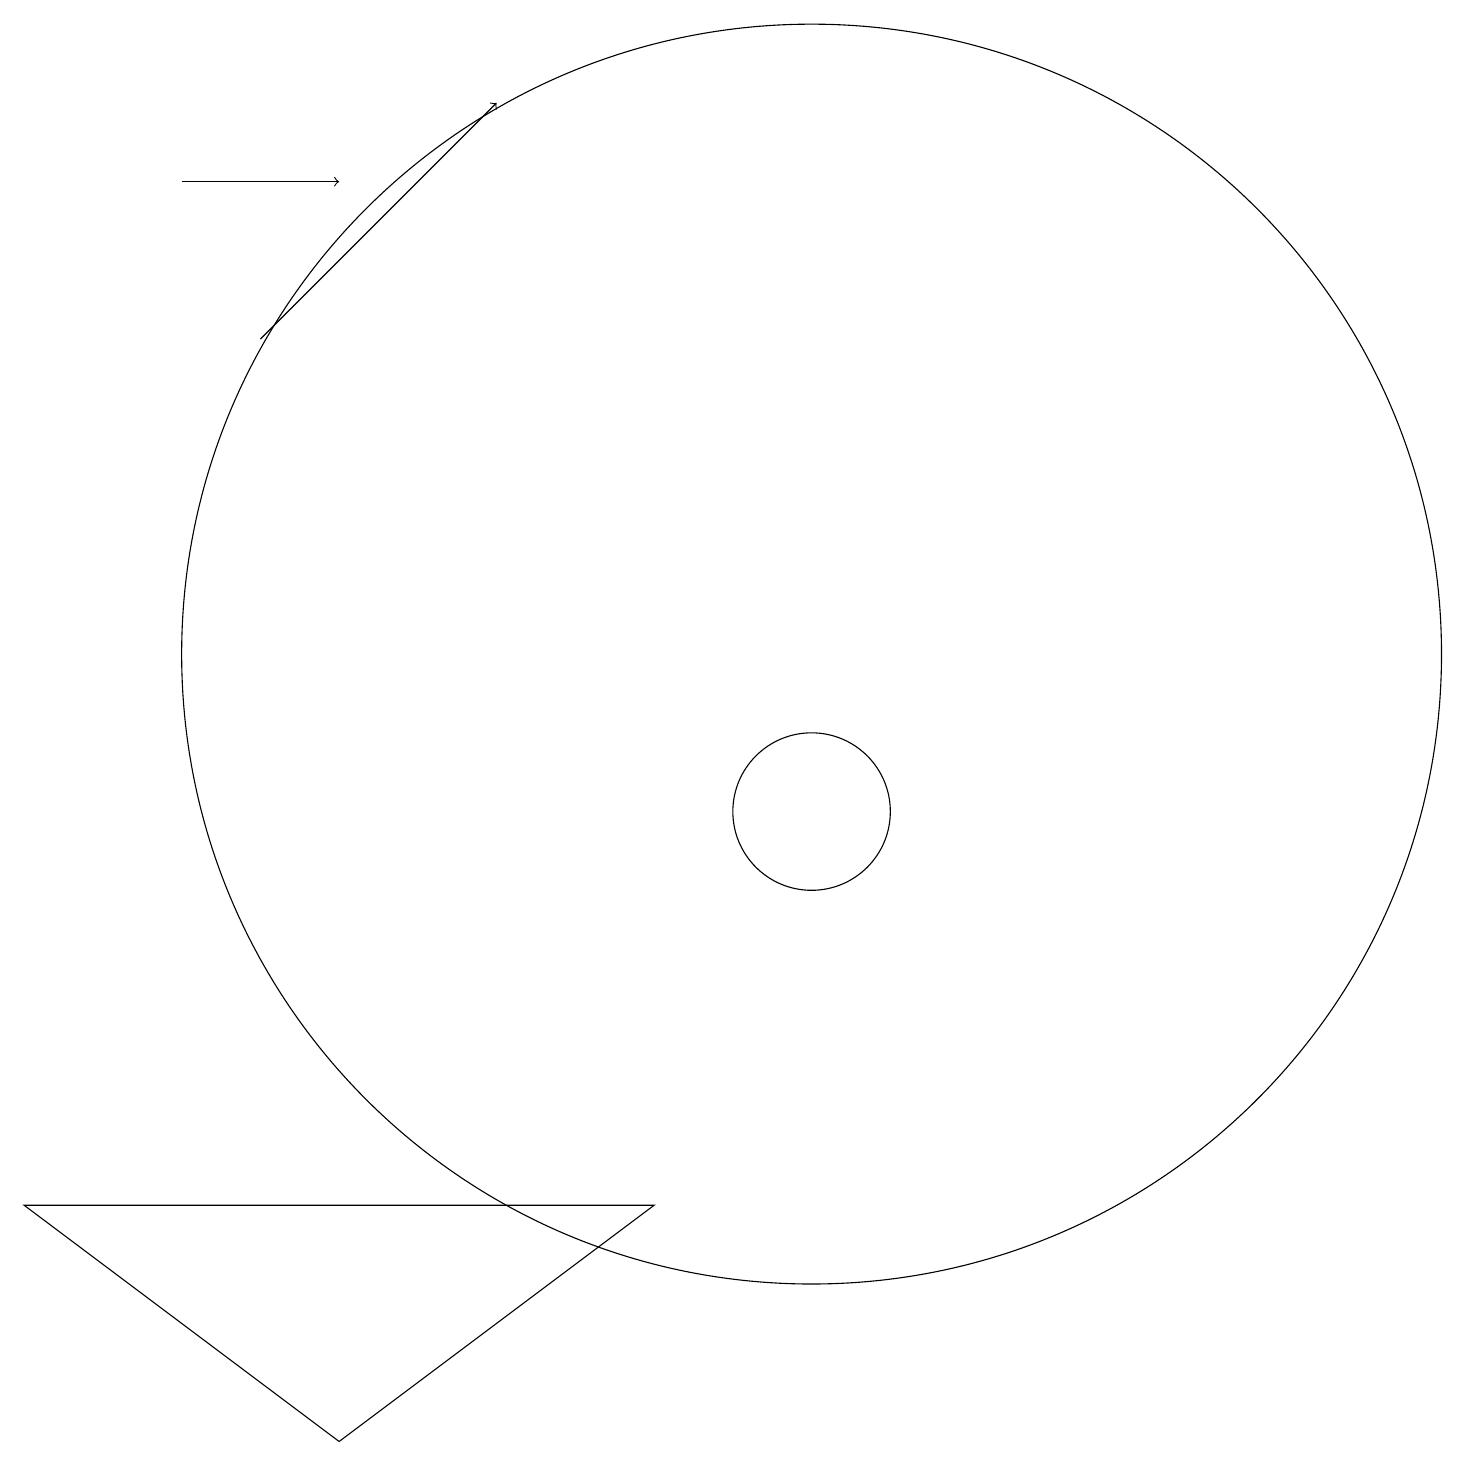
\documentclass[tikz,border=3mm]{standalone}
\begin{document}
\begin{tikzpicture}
\draw (11,12) circle (8);
\draw (5,2) -- (1,5) -- (9,5) -- cycle;
\draw[->] (3,18) -- (5,18);
\draw (11,10) circle (1);
\draw[->] (4,16) -- (7,19);
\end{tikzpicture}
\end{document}